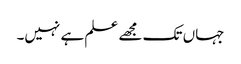
جہاں تک مجھے علم ہے نہیں۔